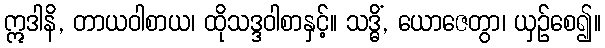
ဣဒါနိ, တာယဝါစာယ၊ ထိုသဒ္ဒဝါစာနှင့်။ သဒ္ဓိံ, ယောဇေတွာ၊ ယှဉ်စေ၍။